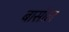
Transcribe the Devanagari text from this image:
बासोल